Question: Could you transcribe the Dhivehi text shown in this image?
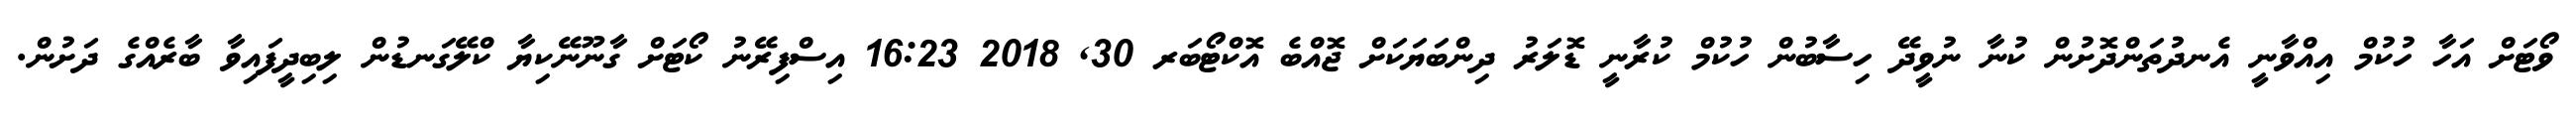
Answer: ވޯޓަށް އަހާ ހުކުމް އިއްވާނީ އެނދުތަންދޮށުން ކުނާ ނުވީދޭ ހިސާބުން ހުކުމް ކުރާނީ ޑޮލަރު ދިންބަޔަކަށް ޖޮއްބެ އޮކްޓޯބަރ 30, 2018 16:23 އިސްފިރޭނު ކޯޓަށް ގާނޫނޭކިޔާ ކްލޭގަނޑުން ލިބިދީފައިވާ ބާރެއްގެ ދަށުން.